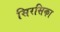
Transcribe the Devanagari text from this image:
सिरसिका